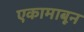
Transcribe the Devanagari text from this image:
एकामाबून